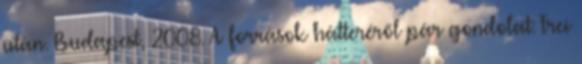
után. Budapest, 2008. A források hátteréről pár gondolat: Frei